Plague in India, 1896, 1897 - Volume 2
Year: 1896
Disease focus: Plague
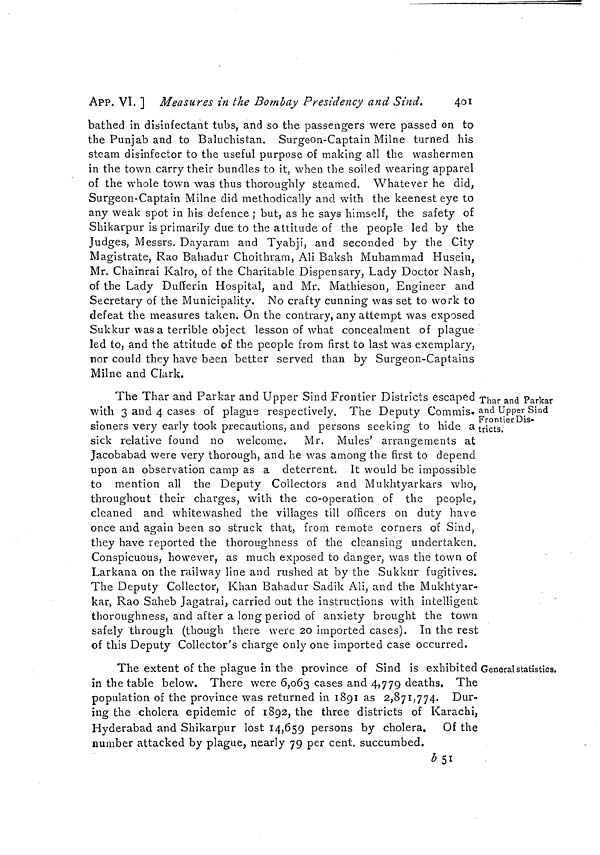
401
APP. VI. ] Measures in the Bombay Presidency and Sind.
bathed in disinfectant tubs, and so the passengers were passed on to
the Punjab and to Baluchistan. Surgeon-Captain Milne turned his
steam disinfector to the useful purpose of making all the washermen
in the town carry their bundles to it, when the soiled wearing apparel
of the whole town was thus thoroughly steamed. Whatever he did,
Surgeon-Captain Milne did methodically and with the keenest eye to
any weak spot in his defence ; but, as he says himself, the safety of
Shikarpur is primarily due to the attitude of the people led by the
Judges, Messrs. Dayaram and Tyabji, and seconded by the City
Magistrate, Rao Bahadur Choithram, Ali Baksh Muhammad Husein,
Mr. Chainrai Kairo, of the Charitable Dispensary, Lady Doctor Nash,
of the Lady Dufierin Hospital, and Mr. Mathieson, Engineer and
Secretary of the Municipality. No crafty cunning was set to work to
defeat the measures taken. On the contrary, any attempt was exposed
Sukkur was a terrible object lesson of what concealment of plague
led to, and the attitude of the people from first to last was exemplary,
nor could they have been better served than by Surgeon-Captains
Milne and Clark.
Thar and Parkar
and Upper Sind
Frontier Dis-
tricts.
The Thar and Parkar and Upper Sind Frontier Districts escaped
with 3 and 4 cases of plague respectively. The Deputy Commis,
sioners very early took precautions, and persons seeking to hide a
sick relative found no welcome. Mr, Mules' arrangements at
Jacobabad were very thorough, and he was among the first to depend
upon an observation camp as a deterrent. It would be impossible
to mention all the Deputy Collectors and Mukhtyarkars who,
throughout their charges, with the co-operation of the people,
cleaned and whitewashed the villages till officers on duty have
once and again been so struck that, from remote corners of Sind,
they have reported the thoroughness of the cleansing undertaken.
Conspicuous, however, as much exposed to danger, was the town of
Larkana on the railway line and rushed at by the Sukkur fugitives.
The Deputy Collector, Khan Bahadur Sadik Ali, and the Mukhtyar-
kar, Rao Saheb Jagatrai, carried out the instructions with intelligent
thoroughness, and after a long period of anxiety brought the town
safely through (though there were 20 imported cases). In the rest
of this Deputy Collector's charge only one imported case occurred.
General statistics.
The extent of the plague in the province of Sind is exhibited
in the table below. There were 6,063 cases and 4,779 deaths. The
population of the province was returned in 1891 as 2,871,774. Dur-
ing the cholera epidemic of 1892, the three districts of Karachi,
Hyderabad and Shikarpur lost 14,659 persons by cholera. Of the
number attacked by plague, nearly 79 per cent, succumbed.
b51